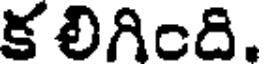
క లిగింది.